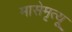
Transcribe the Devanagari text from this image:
मासेमृत्यू